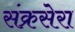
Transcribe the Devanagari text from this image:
संक्रसेरा